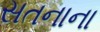
સતનાના